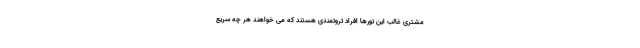
مشتری غالب این تورها افراد ثروتمندی هستند که می خواهند هر چه سریع